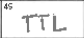
Transcription: TTL